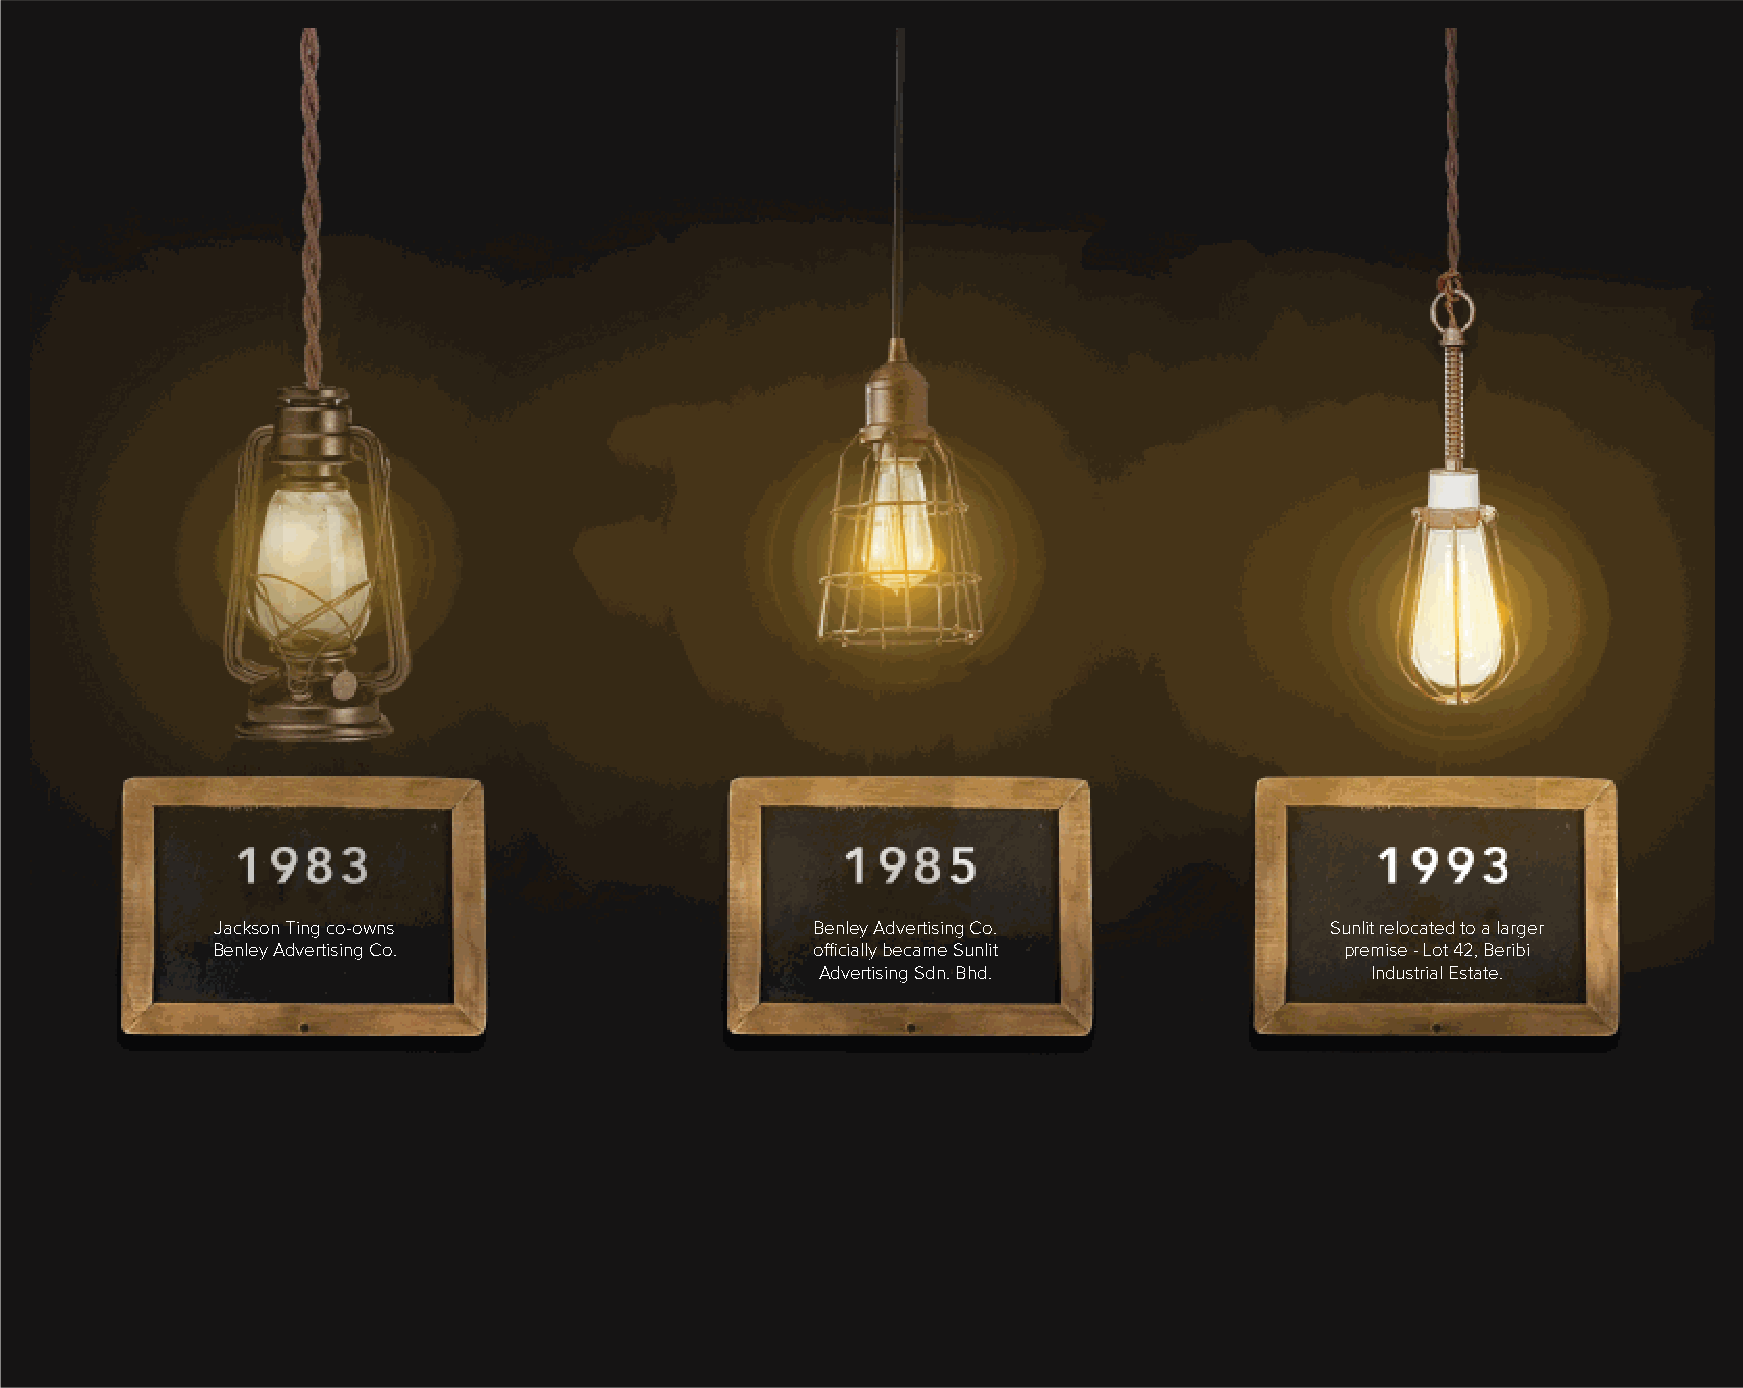
Jackson Ting co-owns                    Benley Advertising Co.            Sunlit relocated to a larger
 Benley Advertising Co.                  officially became Sunlit           premise - Lot 42, Beribi
 Advertising Sdn. Bhd.                Industrial Estate.